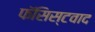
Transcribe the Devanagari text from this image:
फॅसिस्टवाद